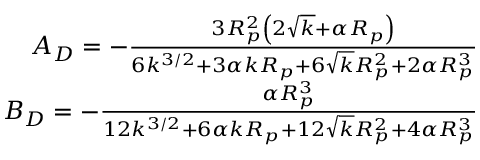
\begin{array} { r } { A _ { D } = - \frac { 3 R _ { p } ^ { 2 } \left( 2 \sqrt { k } + \alpha R _ { p } \right) } { 6 k ^ { 3 / 2 } + 3 \alpha k R _ { p } + 6 \sqrt { k } R _ { p } ^ { 2 } + 2 \alpha R _ { p } ^ { 3 } } } \\ { B _ { D } = - \frac { \alpha R _ { p } ^ { 3 } } { 1 2 k ^ { 3 / 2 } + 6 \alpha k R _ { p } + 1 2 \sqrt { k } R _ { p } ^ { 2 } + 4 \alpha R _ { p } ^ { 3 } } } \end{array}